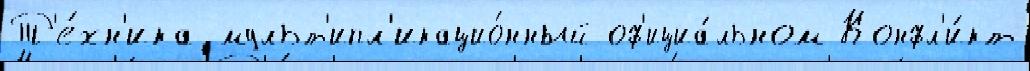
Т'е́хн'ика мульт'ипл'икацио́нный оф'ициа́льном Конфл'и́кт